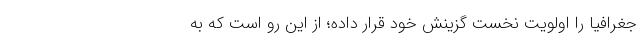
جغرافیا را اولویتِ نخستِ گزینش خود قرار داده؛ از این رو است که به